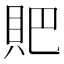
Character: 𧵅